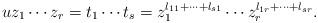
LaTeX: \begin{align*}u z_1 \cdots z_r = t_1 \cdots t_s = z_1^{l_{11} + \dots + l_{s1}} \cdots z_r^{l_{1r} + \dots + l_{sr}}.\end{align*}